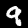
Label: 9